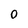
Character: 0